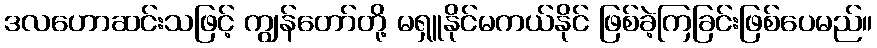
ဒလဟောဆင်းသဖြင့် ကျွန်တော်တို့ မရှူနိုင်မကယ်နိုင် ဖြစ်ခဲ့ကြခြင်းဖြစ်ပေမည်။